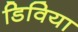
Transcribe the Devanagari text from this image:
डिविया